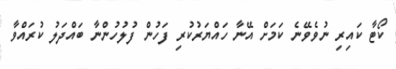
ކޯޓާ ކައިރި ނުވެވޭނެ ކަމަށް އޭނާ ހައްޔަރުކުރި ފަހުން ފުލުހުންނާ ބައްދަލު ކުރައްވާ